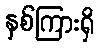
နှစ်ကြားရှိ